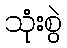
သုံးစွဲ